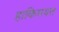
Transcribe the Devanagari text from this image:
हाकिमयत